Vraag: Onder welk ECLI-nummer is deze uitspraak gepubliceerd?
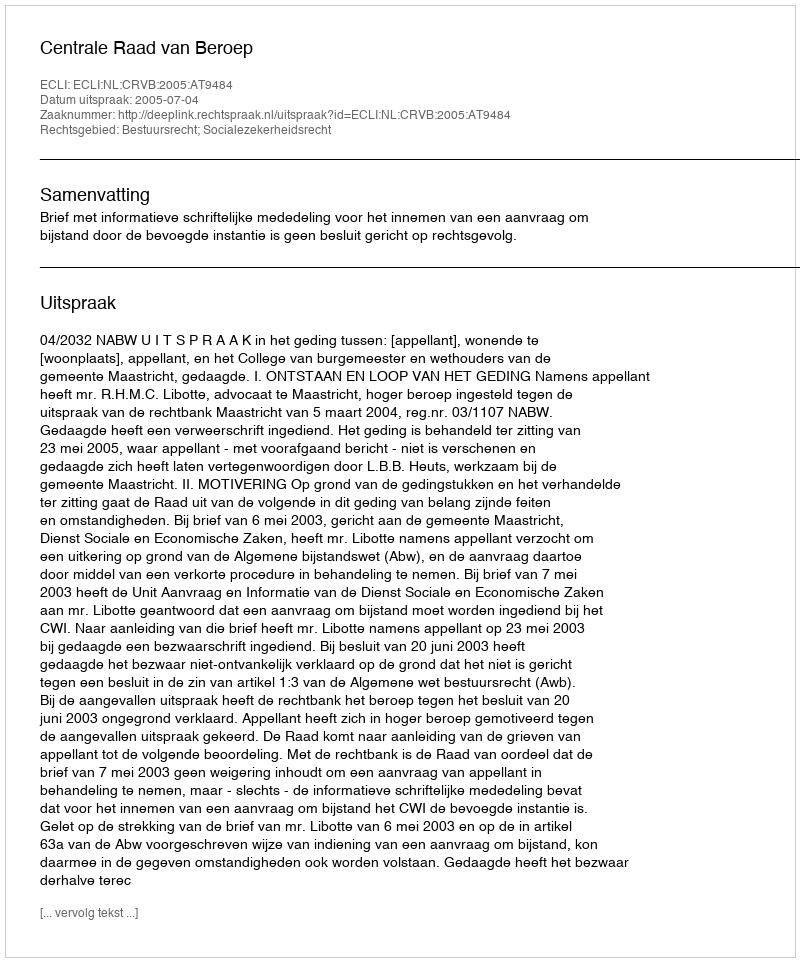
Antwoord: ECLI:NL:CRVB:2005:AT9484